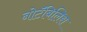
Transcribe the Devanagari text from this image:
नोटॅबिलिस